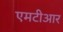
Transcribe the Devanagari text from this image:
एमटीआर